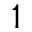
^ 1